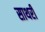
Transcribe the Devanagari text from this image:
साथरी